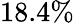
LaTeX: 18.4\%